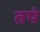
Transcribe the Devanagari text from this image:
तपं